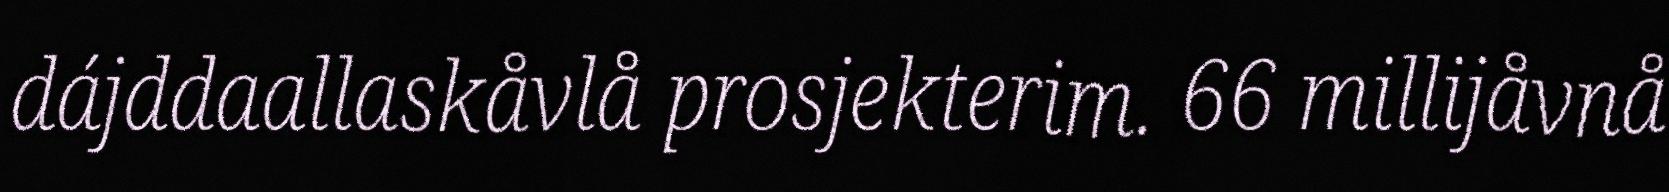
dájddaallaskåvlå prosjekterim. 66 millijåvnå